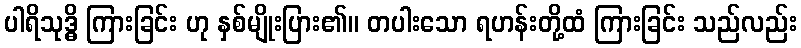
ပါရိသုဒ္ဓိ ကြားခြင်း ဟု နှစ်မျိုးပြား၏။ တပါးသော ရဟန်းတို့ထံ ကြားခြင်း သည်လည်း